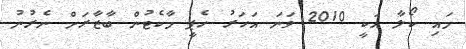
މައި ކޯލާ އަކީ 2010 ވަނަ އަހަރު ހެޕީ މާކެޓުން ބާޒާރަށް ނެރުނު